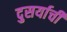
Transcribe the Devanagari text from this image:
दुसर्याची